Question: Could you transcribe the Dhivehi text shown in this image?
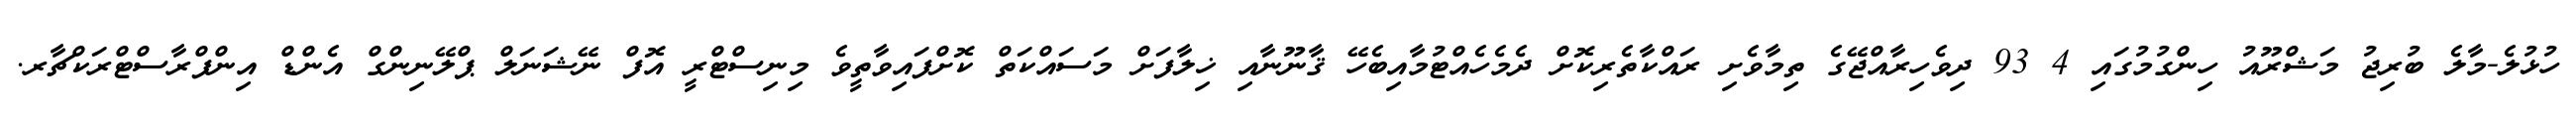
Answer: ހުޅުލެ-މާލެ ބުރިޖު މަޝްރޫއު ހިންގުމުގައި 4 93 ދިވެހިރާއްޖޭގެ ތިމާވެށި ރައްކާތެރިކޮށް ދެމެހެއްޓުމާއިބެހޭ ޤާނޫނާއި ޚިލާފަށް މަސައްކަތް ކޮށްފައިވާތީވެ މިނިސްޓްރީ އޮފް ނޭޝަނަލް ޕްލޭނިންގް އެންޑް އިންފްރާސްޓްރަކްޗާރ.